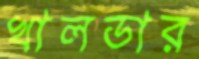
খালডার